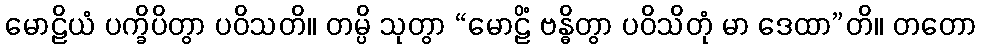
မောဠိယံ ပက္ခိပိတွာ ပဝိသတိ။ တမ္ပိ သုတွာ “မောဠိံ ဗန္ဓိတွာ ပဝိသိတုံ မာ ဒေထာ”တိ။ တတော